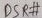
Text: DSR#